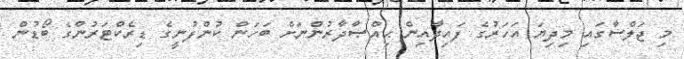
މި ޖަލްސާގައި މިދިޔަ އަހަރުގެ ފައިދާއިން ޙިއްޞާދާރުންނަށް ބަހަން ކުންފުނީގެ ޑިރެކްޓަރުންގެ ބޯޑުން